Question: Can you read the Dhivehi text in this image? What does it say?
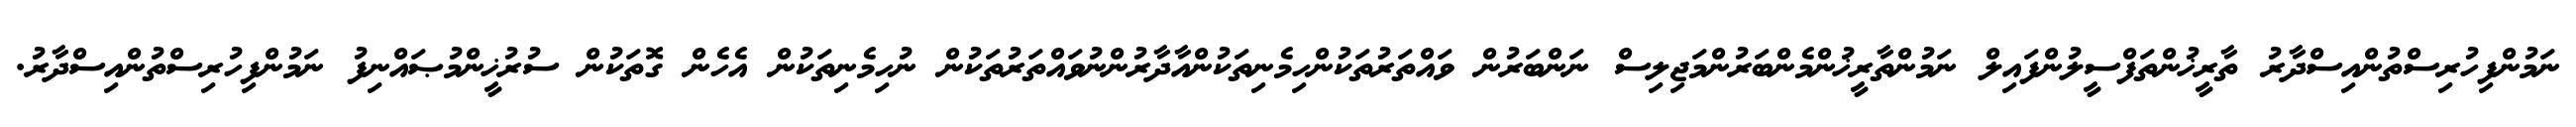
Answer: ނަމުންފިހުރިސްތުންއިސްދާރު ތާރީޚުންތަފްސީލުންފައިލް ނަމުންތާރީޚުންމެންބަރުންމަޖިލިސް ނަންބަރުން ވައްތަރުތަކުންހިމެނިތަކުންއާދާރުންނުވައްތަރުތަކުން ނުހިމެނިތަކުން އެހެން ގޮތަކުން ސުރުޚީންމުޞައްނިފު ނަމުންފިހުރިސްތުންއިސްދާރު.